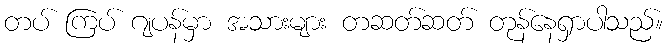
တပ် ကြပ် ဂျပန်မှာ အသားများ တဆတ်ဆတ် တုန်နေရှာပါသည်။